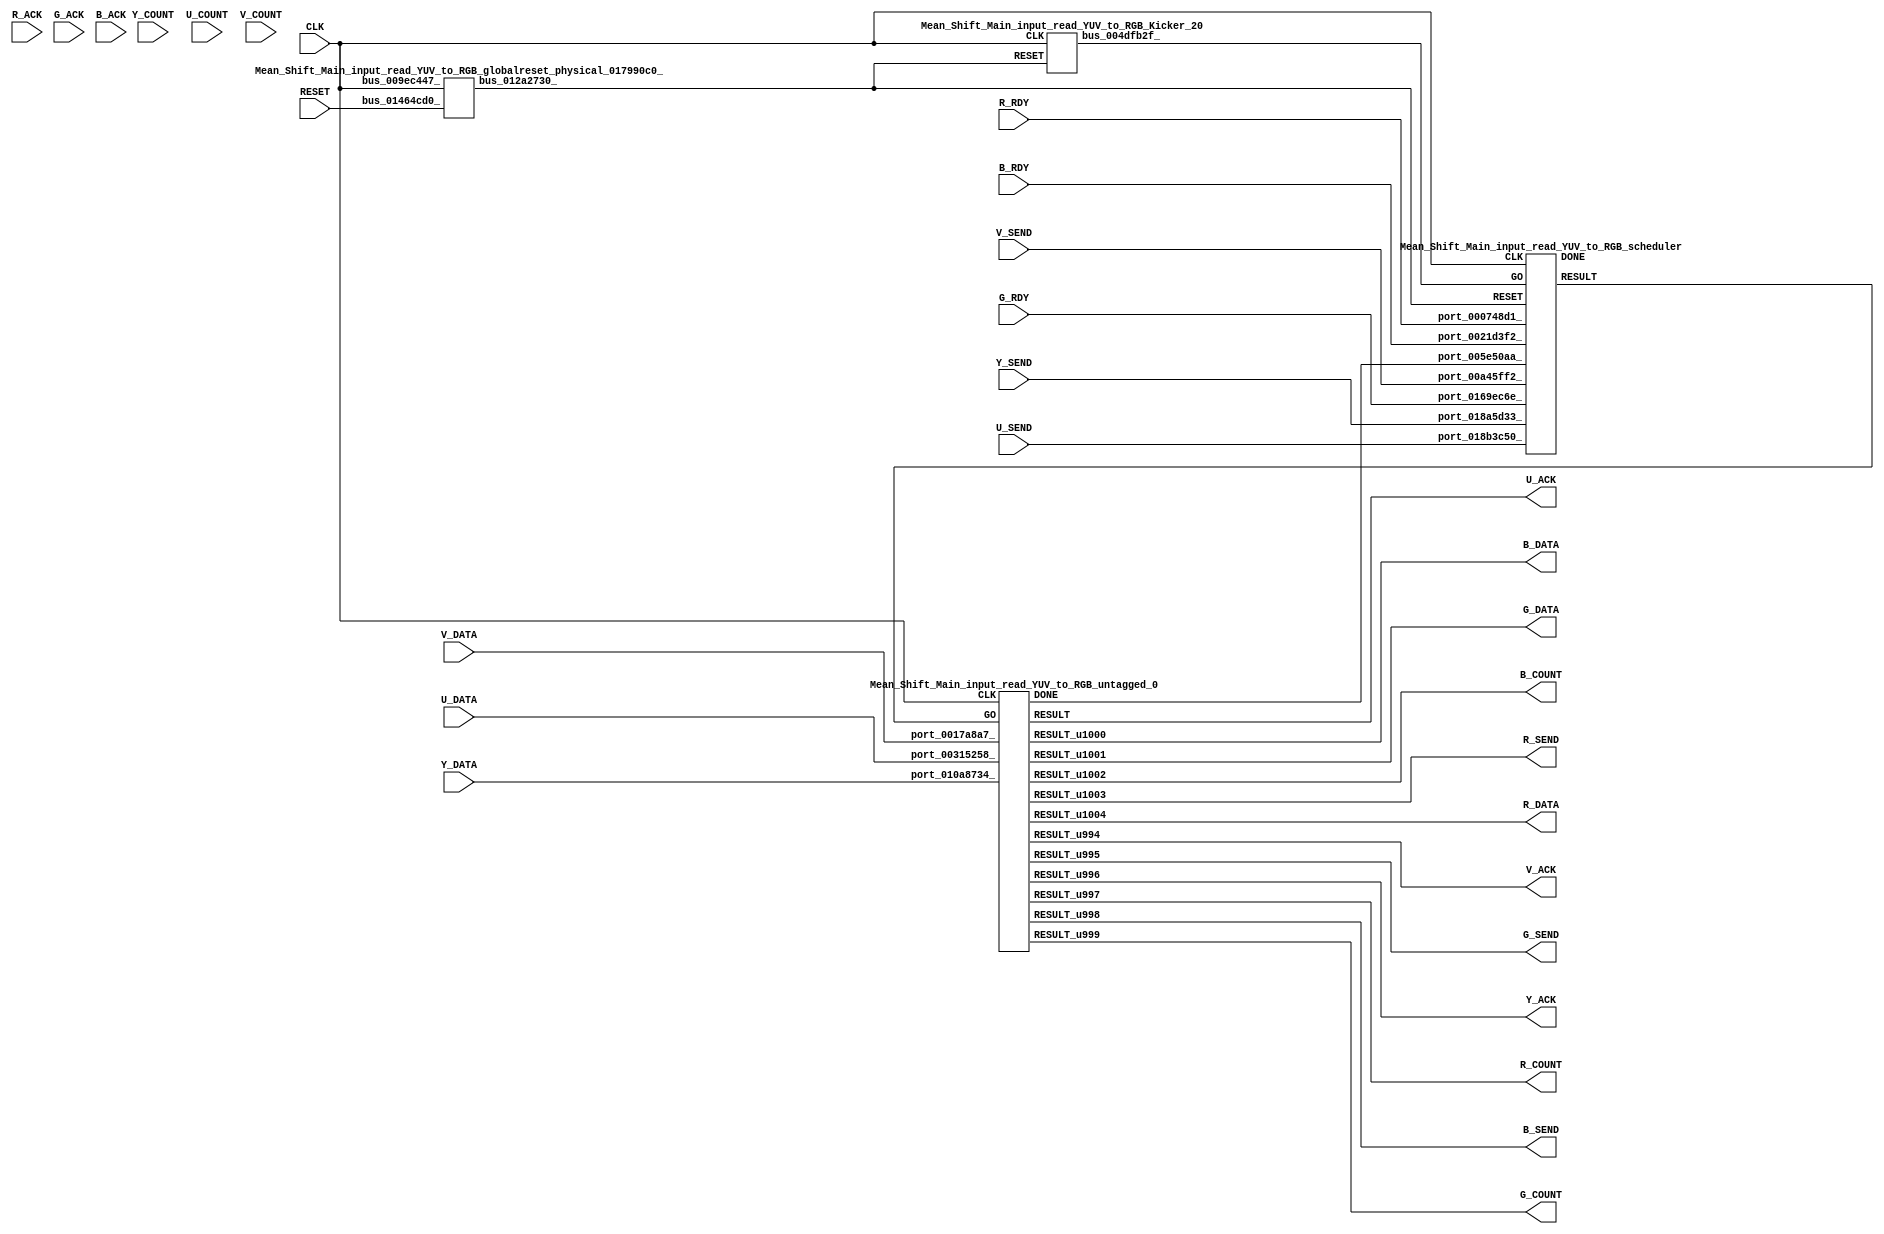
// __  ___ __ ___  _ __   ___  ___ 
// \ \/ / '__/ _ \| '_ \ / _ \/ __|
//  >  <| | | (_) | | | | (_) \__ \
// /_/\_\_|  \___/|_| |_|\___/|___/
// 
// Xronos synthesizer version
// Run date: Wed 14 Oct 2015 15:56:34 +0100
// 

module Mean_Shift_Main_input_read_YUV_to_RGB(U_ACK, Y_ACK, V_DATA, B_SEND, RESET, B_COUNT, U_SEND, Y_SEND, G_RDY, R_COUNT, B_RDY, Y_COUNT, U_DATA, G_SEND, U_COUNT, G_COUNT, B_DATA, R_SEND, V_COUNT, R_DATA, CLK, V_ACK, R_ACK, R_RDY, G_ACK, B_ACK, V_SEND, Y_DATA, G_DATA);
output		U_ACK;
wire		untagged_0_done;
output		Y_ACK;
input	[7:0]	V_DATA;
output		B_SEND;
input		RESET;
wire		untagged_0_go;
output	[15:0]	B_COUNT;
input		U_SEND;
input		Y_SEND;
input		G_RDY;
output	[15:0]	R_COUNT;
input		B_RDY;
input	[15:0]	Y_COUNT;
input	[7:0]	U_DATA;
output		G_SEND;
input	[15:0]	U_COUNT;
output	[15:0]	G_COUNT;
output	[7:0]	B_DATA;
output		R_SEND;
input	[15:0]	V_COUNT;
output	[7:0]	R_DATA;
input		CLK;
output		V_ACK;
input		R_ACK;
input		R_RDY;
input		G_ACK;
input		B_ACK;
input		V_SEND;
input	[7:0]	Y_DATA;
output	[7:0]	G_DATA;
wire		bus_01360a4b_;
wire	[7:0]	untagged_0_u32;
wire		untagged_0_u27;
wire	[15:0]	untagged_0_u25;
wire		untagged_0_u23;
wire	[7:0]	untagged_0_u28;
wire		untagged_0_u30;
wire		untagged_0;
wire		untagged_0_u24;
wire	[7:0]	untagged_0_u29;
wire	[15:0]	untagged_0_u26;
wire	[15:0]	untagged_0_u31;
wire		Mean_Shift_Main_input_read_YUV_to_RGB_untagged_0_instance_DONE;
wire		untagged_0_u22;
wire		bus_004dfb2f_;
wire		bus_012a2730_;
wire		scheduler;
wire		Mean_Shift_Main_input_read_YUV_to_RGB_scheduler_instance_DONE;
assign U_ACK=untagged_0;
assign untagged_0_done=bus_01360a4b_;
assign Y_ACK=untagged_0_u23;
assign B_SEND=untagged_0_u27;
assign untagged_0_go=scheduler;
assign B_COUNT=untagged_0_u31;
assign R_COUNT=untagged_0_u25;
assign G_SEND=untagged_0_u24;
assign G_COUNT=untagged_0_u26;
assign B_DATA=untagged_0_u29;
assign R_SEND=untagged_0_u30;
assign R_DATA=untagged_0_u32;
assign V_ACK=untagged_0_u22;
assign G_DATA=untagged_0_u28;
assign bus_01360a4b_=Mean_Shift_Main_input_read_YUV_to_RGB_untagged_0_instance_DONE&{1{Mean_Shift_Main_input_read_YUV_to_RGB_untagged_0_instance_DONE}};
Mean_Shift_Main_input_read_YUV_to_RGB_untagged_0 Mean_Shift_Main_input_read_YUV_to_RGB_untagged_0_instance(.CLK(CLK), 
  .GO(untagged_0_go), .port_00315258_(U_DATA), .port_0017a8a7_(V_DATA), .port_010a8734_(Y_DATA), 
  .RESULT(untagged_0), .RESULT_u994(untagged_0_u22), .RESULT_u996(untagged_0_u23), 
  .RESULT_u995(untagged_0_u24), .RESULT_u997(untagged_0_u25), .RESULT_u999(untagged_0_u26), 
  .RESULT_u998(untagged_0_u27), .RESULT_u1001(untagged_0_u28), .RESULT_u1000(untagged_0_u29), 
  .RESULT_u1003(untagged_0_u30), .RESULT_u1002(untagged_0_u31), .RESULT_u1004(untagged_0_u32), 
  .DONE(Mean_Shift_Main_input_read_YUV_to_RGB_untagged_0_instance_DONE));
Mean_Shift_Main_input_read_YUV_to_RGB_Kicker_20 Mean_Shift_Main_input_read_YUV_to_RGB_Kicker_20_1(.CLK(CLK), 
  .RESET(bus_012a2730_), .bus_004dfb2f_(bus_004dfb2f_));
Mean_Shift_Main_input_read_YUV_to_RGB_globalreset_physical_017990c0_ Mean_Shift_Main_input_read_YUV_to_RGB_globalreset_physical_017990c0__1(.bus_009ec447_(CLK), 
  .bus_01464cd0_(RESET), .bus_012a2730_(bus_012a2730_));
Mean_Shift_Main_input_read_YUV_to_RGB_scheduler Mean_Shift_Main_input_read_YUV_to_RGB_scheduler_instance(.CLK(CLK), 
  .RESET(bus_012a2730_), .GO(bus_004dfb2f_), .port_000748d1_(R_RDY), .port_018a5d33_(Y_SEND), 
  .port_005e50aa_(untagged_0_done), .port_0169ec6e_(G_RDY), .port_00a45ff2_(V_SEND), 
  .port_018b3c50_(U_SEND), .port_0021d3f2_(B_RDY), .RESULT(scheduler), .DONE(Mean_Shift_Main_input_read_YUV_to_RGB_scheduler_instance_DONE));
endmodule



module Mean_Shift_Main_input_read_YUV_to_RGB_untagged_0(CLK, GO, port_00315258_, port_0017a8a7_, port_010a8734_, RESULT, RESULT_u994, RESULT_u995, RESULT_u996, RESULT_u997, RESULT_u998, RESULT_u999, RESULT_u1000, RESULT_u1001, RESULT_u1002, RESULT_u1003, RESULT_u1004, DONE);
input		CLK;
input		GO;
input	[7:0]	port_00315258_;
input	[7:0]	port_0017a8a7_;
input	[7:0]	port_010a8734_;
output		RESULT;
output		RESULT_u994;
output		RESULT_u995;
output		RESULT_u996;
output	[15:0]	RESULT_u997;
output		RESULT_u998;
output	[15:0]	RESULT_u999;
output	[7:0]	RESULT_u1000;
output	[7:0]	RESULT_u1001;
output	[15:0]	RESULT_u1002;
output		RESULT_u1003;
output	[7:0]	RESULT_u1004;
output		DONE;
wire		simplePinWrite;
wire		simplePinWrite_u226;
wire		simplePinWrite_u227;
wire	[8:0]	subtract;
wire	[8:0]	subtract_u91;
wire	[8:0]	subtract_u92;
wire	[23:0]	add;
wire	[23:0]	add_u440;
wire	[23:0]	add_u441;
wire	[23:0]	add_u442;
wire	[23:0]	add_u443;
wire	[23:0]	add_u444;
wire	[23:0]	add_u445;
wire	[23:0]	add_u446;
wire	[23:0]	add_u447;
wire	[23:0]	add_u448;
wire	[23:0]	add_u449;
wire	[23:0]	add_u450;
wire	[22:0]	add_u451;
wire	[22:0]	add_u452;
wire	[23:0]	subtract_u93;
wire	[23:0]	add_u453;
wire	[23:0]	add_u454;
wire	[23:0]	subtract_u94;
wire	[23:0]	add_u455;
wire	[23:0]	add_u456;
wire	[23:0]	add_u457;
wire	[23:0]	add_u458;
wire	[23:0]	add_u459;
wire	[23:0]	add_u460;
wire	[23:0]	add_u461;
wire		greaterThan;
wire signed	[15:0]	greaterThan_a_signed;
wire signed	[15:0]	greaterThan_b_signed;
wire		and_u1537_u0;
wire		not_u317_u0;
wire		and_u1538_u0;
wire signed	[15:0]	lessThan_b_signed;
wire signed	[15:0]	lessThan_a_signed;
wire		lessThan;
wire		not_u318_u0;
wire		and_u1539_u0;
wire		and_u1540_u0;
wire		and_u1541_u0;
wire	[7:0]	mux_u492;
wire		and_u1542_u0;
wire		and_u1543_u0;
wire	[7:0]	mux_u493_u0;
wire		and_u1544_u0;
wire		greaterThan_u14;
wire signed	[15:0]	greaterThan_u14_b_signed;
wire signed	[15:0]	greaterThan_u14_a_signed;
wire		and_u1545_u0;
wire		and_u1546_u0;
wire		not_u319_u0;
wire		lessThan_u22;
wire signed	[15:0]	lessThan_u22_a_signed;
wire signed	[15:0]	lessThan_u22_b_signed;
wire		and_u1547_u0;
wire		not_u320_u0;
wire		and_u1548_u0;
wire	[7:0]	mux_u494_u0;
wire		and_u1549_u0;
wire		and_u1550_u0;
wire	[7:0]	mux_u495_u0;
wire		and_u1551_u0;
wire		and_u1552_u0;
wire		greaterThan_u15;
wire signed	[15:0]	greaterThan_u15_b_signed;
wire signed	[15:0]	greaterThan_u15_a_signed;
wire		and_u1553_u0;
wire		and_u1554_u0;
wire		not_u321_u0;
wire signed	[15:0]	lessThan_u23_a_signed;
wire signed	[15:0]	lessThan_u23_b_signed;
wire		lessThan_u23;
wire		and_u1555_u0;
wire		and_u1556_u0;
wire		not_u322_u0;
wire	[7:0]	mux_u496_u0;
wire		and_u1557_u0;
wire		and_u1558_u0;
wire		and_u1559_u0;
wire		and_u1560_u0;
wire	[7:0]	mux_u497_u0;
wire		simplePinWrite_u228;
wire	[15:0]	simplePinWrite_u229;
wire	[7:0]	simplePinWrite_u230;
wire	[7:0]	simplePinWrite_u231;
wire	[15:0]	simplePinWrite_u232;
wire		simplePinWrite_u233;
wire	[15:0]	simplePinWrite_u234;
wire	[7:0]	simplePinWrite_u235;
wire		simplePinWrite_u236;
assign simplePinWrite=GO&{1{GO}};
assign simplePinWrite_u226=GO&{1{GO}};
assign simplePinWrite_u227=GO&{1{GO}};
assign subtract={1'b0, port_010a8734_}-9'h10;
assign subtract_u91={1'b0, port_00315258_}-9'h80;
assign subtract_u92={1'b0, port_0017a8a7_}-9'h80;
assign add={subtract[8], subtract[8], subtract[8], subtract[8], subtract[8], subtract[8], subtract[8], subtract, 8'b0}+{subtract[8], subtract[8], subtract[8], subtract[8], subtract[8], subtract[8], subtract[8], subtract[8], subtract[8], subtract[8], subtract, 5'b0};
assign add_u440={add[17], add[17], add[17], add[17], add[17], add[17], add[17:5], 5'b0}+{subtract[8], subtract[8], subtract[8], subtract[8], subtract[8], subtract[8], subtract[8], subtract[8], subtract[8], subtract[8], subtract[8], subtract[8], subtract, 3'b0};
assign add_u441={add_u440[18], add_u440[18], add_u440[18], add_u440[18], add_u440[18], add_u440[18:3], 3'b0}+{subtract[8], subtract[8], subtract[8], subtract[8], subtract[8], subtract[8], subtract[8], subtract[8], subtract[8], subtract[8], subtract[8], subtract[8], subtract[8], subtract[8], subtract, 1'b0};
assign add_u442={subtract_u92[8], subtract_u92[8], subtract_u92[8], subtract_u92[8], subtract_u92[8], subtract_u92[8], subtract_u92[8], subtract_u92, 8'b0}+{subtract_u92[8], subtract_u92[8], subtract_u92[8], subtract_u92[8], subtract_u92[8], subtract_u92[8], subtract_u92[8], subtract_u92[8], subtract_u92, 7'b0};
assign add_u443={add_u442[17], add_u442[17], add_u442[17], add_u442[17], add_u442[17], add_u442[17], add_u442[17:7], 7'b0}+{subtract_u92[8], subtract_u92[8], subtract_u92[8], subtract_u92[8], subtract_u92[8], subtract_u92[8], subtract_u92[8], subtract_u92[8], subtract_u92[8], subtract_u92[8], subtract_u92[8], subtract_u92, 4'b0};
assign add_u444={add_u443[18], add_u443[18], add_u443[18], add_u443[18], add_u443[18], add_u443[18:4], 4'b0}+{subtract_u92[8], subtract_u92[8], subtract_u92[8], subtract_u92[8], subtract_u92[8], subtract_u92[8], subtract_u92[8], subtract_u92[8], subtract_u92[8], subtract_u92[8], subtract_u92[8], subtract_u92[8], subtract_u92, 3'b0};
assign add_u445={add_u444[19], add_u444[19], add_u444[19], add_u444[19], add_u444[19:3], 3'b0}+{subtract_u92[8], subtract_u92[8], subtract_u92[8], subtract_u92[8], subtract_u92[8], subtract_u92[8], subtract_u92[8], subtract_u92[8], subtract_u92[8], subtract_u92[8], subtract_u92[8], subtract_u92[8], subtract_u92[8], subtract_u92[8], subtract_u92[8], subtract_u92};
assign add_u446={add_u441[19], add_u441[19], add_u441[19], add_u441[19], add_u441[19:1], 1'b0}+{add_u445[20], add_u445[20], add_u445[20], add_u445[20:0]};
assign add_u447={add_u446[21], add_u446[21], add_u446[21:0]}+24'h80;
assign add_u448={subtract[8], subtract[8], subtract[8], subtract[8], subtract[8], subtract[8], subtract[8], subtract, 8'b0}+{subtract[8], subtract[8], subtract[8], subtract[8], subtract[8], subtract[8], subtract[8], subtract[8], subtract[8], subtract[8], subtract, 5'b0};
assign add_u449={add_u448[17], add_u448[17], add_u448[17], add_u448[17], add_u448[17], add_u448[17], add_u448[17:5], 5'b0}+{subtract[8], subtract[8], subtract[8], subtract[8], subtract[8], subtract[8], subtract[8], subtract[8], subtract[8], subtract[8], subtract[8], subtract[8], subtract, 3'b0};
assign add_u450={add_u449[18], add_u449[18], add_u449[18], add_u449[18], add_u449[18], add_u449[18:3], 3'b0}+{subtract[8], subtract[8], subtract[8], subtract[8], subtract[8], subtract[8], subtract[8], subtract[8], subtract[8], subtract[8], subtract[8], subtract[8], subtract[8], subtract[8], subtract, 1'b0};
assign add_u451={subtract_u91[8], subtract_u91[8], subtract_u91[8], subtract_u91[8], subtract_u91[8], subtract_u91[8], subtract_u91[8], subtract_u91[8], subtract_u91, 6'b0}+{subtract_u91[8], subtract_u91[8], subtract_u91[8], subtract_u91[8], subtract_u91[8], subtract_u91[8], subtract_u91[8], subtract_u91[8], subtract_u91[8], subtract_u91, 5'b0};
assign add_u452={add_u451[15], add_u451[15], add_u451[15], add_u451[15], add_u451[15], add_u451[15], add_u451[15], add_u451[15:5], 5'b0}+{subtract_u91[8], subtract_u91[8], subtract_u91[8], subtract_u91[8], subtract_u91[8], subtract_u91[8], subtract_u91[8], subtract_u91[8], subtract_u91[8], subtract_u91[8], subtract_u91[8], subtract_u91[8], subtract_u91, 2'b0};
assign subtract_u93={add_u450[19], add_u450[19], add_u450[19], add_u450[19], add_u450[19:1], 1'b0}-{add_u452[16], add_u452[16], add_u452[16], add_u452[16], add_u452[16], add_u452[16], add_u452[16], add_u452[16:2], 2'b0};
assign add_u453={subtract_u92[8], subtract_u92[8], subtract_u92[8], subtract_u92[8], subtract_u92[8], subtract_u92[8], subtract_u92[8], subtract_u92[8], subtract_u92, 7'b0}+{subtract_u92[8], subtract_u92[8], subtract_u92[8], subtract_u92[8], subtract_u92[8], subtract_u92[8], subtract_u92[8], subtract_u92[8], subtract_u92[8], subtract_u92, 6'b0};
assign add_u454={add_u453[16], add_u453[16], add_u453[16], add_u453[16], add_u453[16], add_u453[16], add_u453[16], add_u453[16:6], 6'b0}+{subtract_u92[8], subtract_u92[8], subtract_u92[8], subtract_u92[8], subtract_u92[8], subtract_u92[8], subtract_u92[8], subtract_u92[8], subtract_u92[8], subtract_u92[8], subtract_u92[8], subtract_u92, 4'b0};
assign subtract_u94={subtract_u93[20], subtract_u93[20], subtract_u93[20], subtract_u93[20:0]}-{add_u454[17], add_u454[17], add_u454[17], add_u454[17], add_u454[17], add_u454[17], add_u454[17:4], 4'b0};
assign add_u455={subtract_u94[21], subtract_u94[21], subtract_u94[21:0]}+24'h80;
assign add_u456={subtract[8], subtract[8], subtract[8], subtract[8], subtract[8], subtract[8], subtract[8], subtract, 8'b0}+{subtract[8], subtract[8], subtract[8], subtract[8], subtract[8], subtract[8], subtract[8], subtract[8], subtract[8], subtract[8], subtract, 5'b0};
assign add_u457={add_u456[17], add_u456[17], add_u456[17], add_u456[17], add_u456[17], add_u456[17], add_u456[17:5], 5'b0}+{subtract[8], subtract[8], subtract[8], subtract[8], subtract[8], subtract[8], subtract[8], subtract[8], subtract[8], subtract[8], subtract[8], subtract[8], subtract, 3'b0};
assign add_u458={add_u457[18], add_u457[18], add_u457[18], add_u457[18], add_u457[18], add_u457[18:3], 3'b0}+{subtract[8], subtract[8], subtract[8], subtract[8], subtract[8], subtract[8], subtract[8], subtract[8], subtract[8], subtract[8], subtract[8], subtract[8], subtract[8], subtract[8], subtract, 1'b0};
assign add_u459={subtract_u91[8], subtract_u91[8], subtract_u91[8], subtract_u91[8], subtract_u91[8], subtract_u91[8], subtract_u91, 9'b0}+{subtract_u91[8], subtract_u91[8], subtract_u91[8], subtract_u91[8], subtract_u91[8], subtract_u91[8], subtract_u91[8], subtract_u91[8], subtract_u91[8], subtract_u91[8], subtract_u91[8], subtract_u91[8], subtract_u91[8], subtract_u91, 2'b0};
assign add_u460={add_u458[19], add_u458[19], add_u458[19], add_u458[19], add_u458[19:1], 1'b0}+{add_u459[18], add_u459[18], add_u459[18], add_u459[18], add_u459[18], add_u459[18:2], 2'b0};
assign add_u461={add_u460[20], add_u460[20], add_u460[20], add_u460[20:1], 1'b0}+24'h80;
assign greaterThan_a_signed={add_u447[22], add_u447[22:8]};
assign greaterThan_b_signed=16'h0;
assign greaterThan=greaterThan_a_signed>greaterThan_b_signed;
assign and_u1537_u0=GO&not_u317_u0;
assign not_u317_u0=~greaterThan;
assign and_u1538_u0=GO&greaterThan;
assign lessThan_a_signed={add_u447[22], add_u447[22:8]};
assign lessThan_b_signed=16'hff;
assign lessThan=lessThan_a_signed<lessThan_b_signed;
assign not_u318_u0=~lessThan;
assign and_u1539_u0=and_u1543_u0&lessThan;
assign and_u1540_u0=and_u1543_u0&not_u318_u0;
assign and_u1541_u0=and_u1539_u0&and_u1543_u0;
assign mux_u492=(and_u1542_u0)?8'hff:add_u447[15:8];
assign and_u1542_u0=and_u1540_u0&and_u1543_u0;
assign and_u1543_u0=and_u1538_u0&GO;
assign mux_u493_u0=(and_u1543_u0)?mux_u492:8'h0;
assign and_u1544_u0=and_u1537_u0&GO;
assign greaterThan_u14_a_signed={add_u455[22], add_u455[22:8]};
assign greaterThan_u14_b_signed=16'h0;
assign greaterThan_u14=greaterThan_u14_a_signed>greaterThan_u14_b_signed;
assign and_u1545_u0=GO&not_u319_u0;
assign and_u1546_u0=GO&greaterThan_u14;
assign not_u319_u0=~greaterThan_u14;
assign lessThan_u22_a_signed={add_u455[22], add_u455[22:8]};
assign lessThan_u22_b_signed=16'hff;
assign lessThan_u22=lessThan_u22_a_signed<lessThan_u22_b_signed;
assign and_u1547_u0=and_u1551_u0&lessThan_u22;
assign not_u320_u0=~lessThan_u22;
assign and_u1548_u0=and_u1551_u0&not_u320_u0;
assign mux_u494_u0=(and_u1550_u0)?add_u455[15:8]:8'hff;
assign and_u1549_u0=and_u1548_u0&and_u1551_u0;
assign and_u1550_u0=and_u1547_u0&and_u1551_u0;
assign mux_u495_u0=(and_u1552_u0)?8'h0:mux_u494_u0;
assign and_u1551_u0=and_u1546_u0&GO;
assign and_u1552_u0=and_u1545_u0&GO;
assign greaterThan_u15_a_signed={add_u461[21], add_u461[21], add_u461[21:8]};
assign greaterThan_u15_b_signed=16'h0;
assign greaterThan_u15=greaterThan_u15_a_signed>greaterThan_u15_b_signed;
assign and_u1553_u0=GO&greaterThan_u15;
assign and_u1554_u0=GO&not_u321_u0;
assign not_u321_u0=~greaterThan_u15;
assign lessThan_u23_a_signed={add_u461[21], add_u461[21], add_u461[21:8]};
assign lessThan_u23_b_signed=16'hff;
assign lessThan_u23=lessThan_u23_a_signed<lessThan_u23_b_signed;
assign and_u1555_u0=and_u1560_u0&lessThan_u23;
assign and_u1556_u0=and_u1560_u0&not_u322_u0;
assign not_u322_u0=~lessThan_u23;
assign mux_u496_u0=(and_u1557_u0)?add_u461[15:8]:8'hff;
assign and_u1557_u0=and_u1555_u0&and_u1560_u0;
assign and_u1558_u0=and_u1556_u0&and_u1560_u0;
assign and_u1559_u0=and_u1554_u0&GO;
assign and_u1560_u0=and_u1553_u0&GO;
assign mux_u497_u0=(and_u1560_u0)?mux_u496_u0:8'h0;
assign simplePinWrite_u228=GO&{1{GO}};
assign simplePinWrite_u229=16'h1&{16{1'h1}};
assign simplePinWrite_u230=mux_u493_u0;
assign simplePinWrite_u231=mux_u495_u0;
assign simplePinWrite_u232=16'h1&{16{1'h1}};
assign simplePinWrite_u233=GO&{1{GO}};
assign simplePinWrite_u234=16'h1&{16{1'h1}};
assign simplePinWrite_u235=mux_u497_u0;
assign simplePinWrite_u236=GO&{1{GO}};
assign RESULT=simplePinWrite_u226;
assign RESULT_u994=simplePinWrite_u227;
assign RESULT_u995=simplePinWrite_u233;
assign RESULT_u996=simplePinWrite;
assign RESULT_u997=simplePinWrite_u229;
assign RESULT_u998=simplePinWrite_u236;
assign RESULT_u999=simplePinWrite_u232;
assign RESULT_u1000=simplePinWrite_u235;
assign RESULT_u1001=simplePinWrite_u231;
assign RESULT_u1002=simplePinWrite_u234;
assign RESULT_u1003=simplePinWrite_u228;
assign RESULT_u1004=simplePinWrite_u230;
assign DONE=GO;
endmodule



module Mean_Shift_Main_input_read_YUV_to_RGB_Kicker_20(CLK, RESET, bus_004dfb2f_);
input		CLK;
input		RESET;
output		bus_004dfb2f_;
wire		bus_01ecd139_;
wire		bus_003bbacd_;
reg		kicker_res=1'h0;
reg		kicker_2=1'h0;
wire		bus_00eb3204_;
wire		bus_01b59557_;
reg		kicker_1=1'h0;
assign bus_01ecd139_=~RESET;
assign bus_003bbacd_=kicker_1&bus_01ecd139_&bus_00eb3204_;
always @(posedge CLK)
begin
kicker_res<=bus_003bbacd_;
end
always @(posedge CLK)
begin
kicker_2<=bus_01b59557_;
end
assign bus_00eb3204_=~kicker_2;
assign bus_01b59557_=bus_01ecd139_&kicker_1;
always @(posedge CLK)
begin
kicker_1<=bus_01ecd139_;
end
assign bus_004dfb2f_=kicker_res;
endmodule



module Mean_Shift_Main_input_read_YUV_to_RGB_globalreset_physical_017990c0_(bus_009ec447_, bus_01464cd0_, bus_012a2730_);
input		bus_009ec447_;
input		bus_01464cd0_;
output		bus_012a2730_;
wire		or_005d2cf7_u0;
reg		glitch_u20=1'h0;
wire		and_0018a784_u0;
wire		not_01d66a42_u0;
reg		final_u20=1'h1;
reg		sample_u20=1'h0;
reg		cross_u20=1'h0;
assign or_005d2cf7_u0=bus_01464cd0_|final_u20;
always @(posedge bus_009ec447_)
begin
glitch_u20<=cross_u20;
end
assign and_0018a784_u0=cross_u20&glitch_u20;
assign not_01d66a42_u0=~and_0018a784_u0;
assign bus_012a2730_=or_005d2cf7_u0;
always @(posedge bus_009ec447_)
begin
final_u20<=not_01d66a42_u0;
end
always @(posedge bus_009ec447_)
begin
sample_u20<=1'h1;
end
always @(posedge bus_009ec447_)
begin
cross_u20<=sample_u20;
end
endmodule



module Mean_Shift_Main_input_read_YUV_to_RGB_scheduler(CLK, RESET, GO, port_000748d1_, port_018a5d33_, port_0169ec6e_, port_005e50aa_, port_00a45ff2_, port_018b3c50_, port_0021d3f2_, RESULT, DONE);
input		CLK;
input		RESET;
input		GO;
input		port_000748d1_;
input		port_018a5d33_;
input		port_0169ec6e_;
input		port_005e50aa_;
input		port_00a45ff2_;
input		port_018b3c50_;
input		port_0021d3f2_;
output		RESULT;
output		DONE;
wire		and_u1561_u0;
wire		and_u1562_u0;
wire		and_u1563_u0;
wire		and_u1564_u0;
wire		and_u1565_u0;
wire		not_u323_u0;
wire		and_u1566_u0;
wire		and_u1567_u0;
wire		and_u1568_u0;
wire		not_u324_u0;
wire		and_u1569_u0;
wire		simplePinWrite;
wire		and_u1570_u0;
wire		and_u1571_u0;
reg		loopControl_u34=1'h0;
wire		or_u433_u0;
assign and_u1561_u0=or_u433_u0&or_u433_u0;
assign and_u1562_u0=port_018a5d33_&port_018b3c50_;
assign and_u1563_u0=and_u1562_u0&port_00a45ff2_;
assign and_u1564_u0=port_000748d1_&port_0169ec6e_;
assign and_u1565_u0=and_u1564_u0&port_0021d3f2_;
assign not_u323_u0=~and_u1563_u0;
assign and_u1566_u0=and_u1561_u0&not_u323_u0;
assign and_u1567_u0=and_u1561_u0&and_u1563_u0;
assign and_u1568_u0=and_u1571_u0&and_u1565_u0;
assign not_u324_u0=~and_u1565_u0;
assign and_u1569_u0=and_u1571_u0&not_u324_u0;
assign simplePinWrite=and_u1570_u0&{1{and_u1570_u0}};
assign and_u1570_u0=and_u1568_u0&and_u1571_u0;
assign and_u1571_u0=and_u1567_u0&and_u1561_u0;
always @(posedge CLK or posedge RESET)
begin
if (RESET)
loopControl_u34<=1'h0;
else loopControl_u34<=and_u1561_u0;
end
assign or_u433_u0=GO|loopControl_u34;
assign RESULT=simplePinWrite;
assign DONE=1'h0;
endmodule